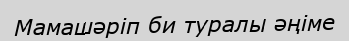
Мамашәріп би туралы әңіме